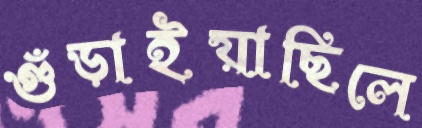
গুঁড়াইয়াছিলে